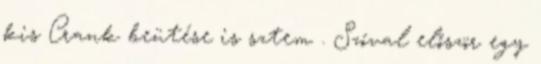
kis Crank beütése is sztem . Szóval először egy